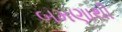
બમણાથી